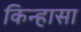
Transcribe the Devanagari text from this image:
किन्हासा